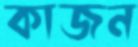
কাজন